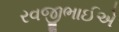
રવજીભાઈએ